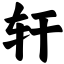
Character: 轩